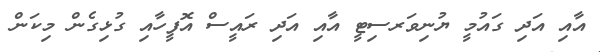
އާއި އަދި ގައުމީ ޔުނިވަރސިޓީ އާއި އަދި ރައީސް އޮފީހާއި ގުޅިގެން މިކަން